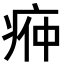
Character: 𭼌